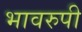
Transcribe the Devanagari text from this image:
भावरुपी